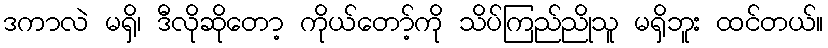
ဒကာလဲ မရှိ၊ ဒီလိုဆိုတော့ ကိုယ်တော့်ကို သိပ်ကြည်ညိုသူ မရှိဘူး ထင်တယ်။